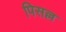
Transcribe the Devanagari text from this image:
पिसल्ल